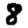
Digit: 8